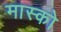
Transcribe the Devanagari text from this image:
मास्‍को